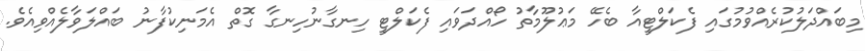
މިބައްދަލުކުރެއްވުމުގައި ފެކަލްޓީއާ ބެހޭ މަޢުލޫމާތު ހޯއްދަވައި ފެކަލްޓީ ހިނގާނުހިނގާ ގޮތް އެމަނިކުފާނު ބައްލަވާލެއްވިއެވެ.